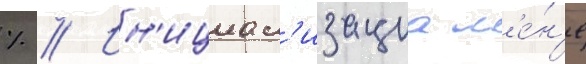
% // Ин'ициал'изациа м'е́н'е